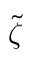
\tilde { \zeta }